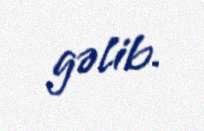
gəlib.